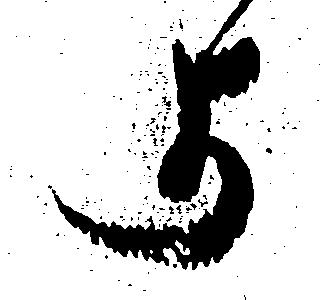
よ